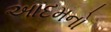
આદમનો